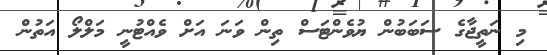
މި ނަތީޖާގެ ސަބަބުން ޔުވެންޓަސް ތިން ވަނަ އަށް ވެއްޓުނީ މަލްލޯ އަތުން